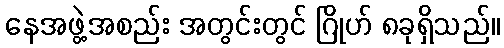
နေအဖွဲ့အစည်း အတွင်းတွင် ဂြိုဟ် ၈ခုရှိသည်။